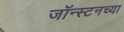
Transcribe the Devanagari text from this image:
जॉन्स्टनच्या